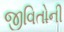
જીવિતોની